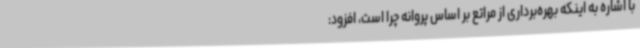
با اشاره به اینکه بهره‌برداری از مراتع بر اساس پروانه چرا است، افزود: